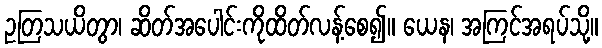
ဥတြသယိတွာ၊ ဆိတ်အပေါင်းကိုထိတ်လန့်စေ၍။ ယေန၊ အကြင်အရပ်သို့။